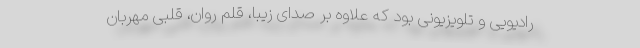
رادیویی و تلویزیونی بود که علاوه بر صدای زیبا، قلم روان، قلبی مهربان